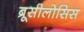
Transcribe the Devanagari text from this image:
ब्रूसीलोसिस